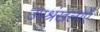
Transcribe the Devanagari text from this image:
उपश्रंखलाएँ